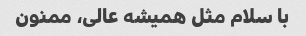
با سلام مثل همیشه عالی، ممنون